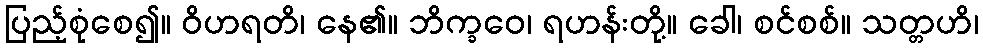
ပြည့်စုံစေ၍။ ဝိဟရတိ၊ နေ၏။ ဘိက္ခဝေ၊ ရဟန်းတို့။ ခေါ၊ စင်စစ်။ သတ္တဟိ၊